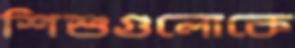
শিশুগুলোকে